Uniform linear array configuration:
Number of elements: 12
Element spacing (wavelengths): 0.75
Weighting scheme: hann
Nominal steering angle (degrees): -60
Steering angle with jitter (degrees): -61.696
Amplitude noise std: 0.05
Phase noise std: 0.05

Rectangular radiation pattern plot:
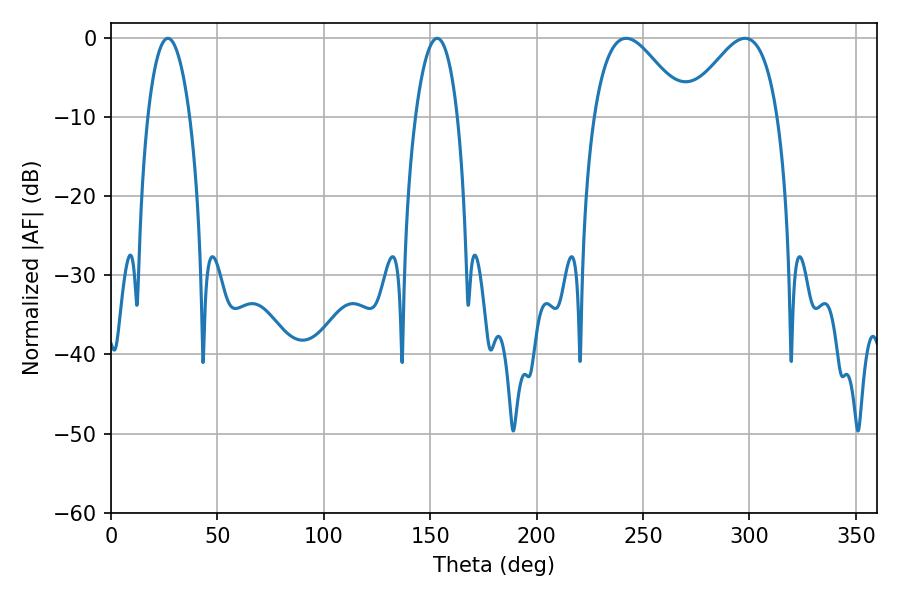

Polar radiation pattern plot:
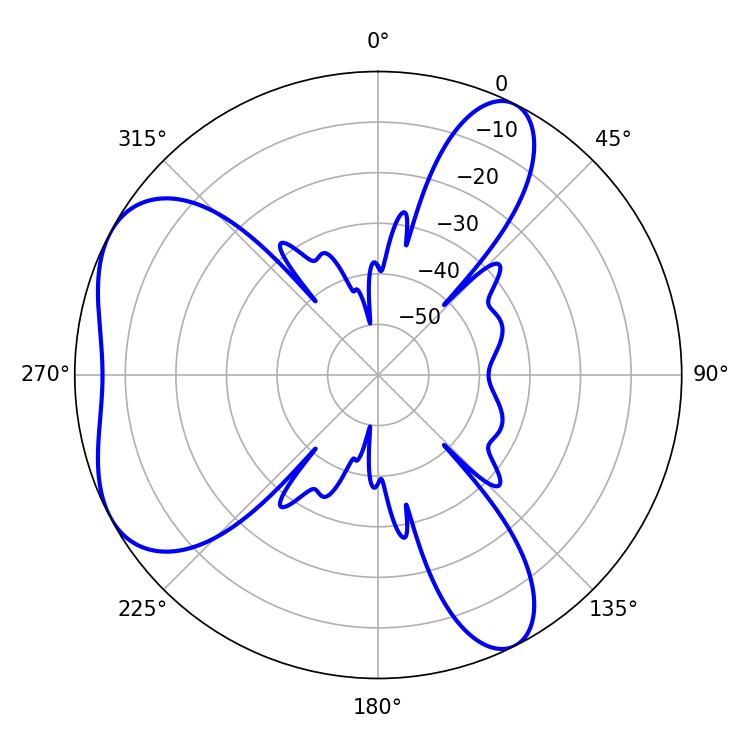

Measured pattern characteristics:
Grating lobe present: TRUE
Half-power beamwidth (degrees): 23.22
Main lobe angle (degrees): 242.1